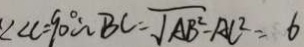
\angle C = 9 0 ^ { \circ } \therefore B C = \sqrt { A B ^ { 2 } - A C ^ { 2 } } = 6